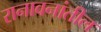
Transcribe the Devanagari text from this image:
रानावनांतील